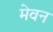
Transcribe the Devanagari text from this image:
मेवन